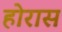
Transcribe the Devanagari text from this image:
होरास